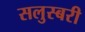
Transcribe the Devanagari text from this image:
सलुस्बरी